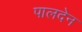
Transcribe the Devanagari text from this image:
पालदेन